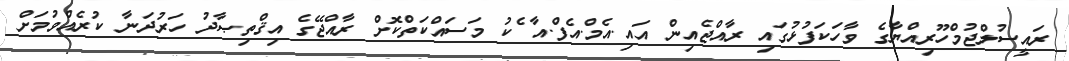
ރައީސުލްޖުމްހޫރިއްޔާގެ ވާހަކަފުޅުގައި ރާއްޖެއިން އައި.އެމް.އެފް.އާ ެކު މަސައްކަތްކޮށް ރާއްޖޭގެ އިޤްތިޞާދު ހަރުދަނާ ކުރެއްވުމަށް